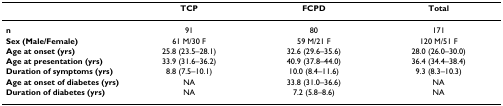
<table><thead><tr><td></td><td><b>TCP</b></td><td><b>FCPD</b></td><td><b>Total</b></td></tr></thead><tbody><tr><td><b>n</b></td><td>91</td><td>80</td><td>171</td></tr><tr><td><b>Sex (Male/Female)</b></td><td>61 M/30 F</td><td>59 M/21 F</td><td>120 M/51 F</td></tr><tr><td><b>Age at onset (yrs)</b></td><td>25.8 (23.5–28.1)</td><td>32.6 (29.6–35.6)</td><td>28.0 (26.0–30.0)</td></tr><tr><td><b>Age at presentation (yrs)</b></td><td>33.9 (31.6–36.2)</td><td>40.9 (37.8–44.0)</td><td>36.4 (34.4–38.4)</td></tr><tr><td><b>Duration of symptoms (yrs)</b></td><td>8.8 (7.5–10.1)</td><td>10.0 (8.4–11.6)</td><td>9.3 (8.3–10.3)</td></tr><tr><td><b>Age at onset of diabetes (yrs)</b></td><td>NA</td><td>33.8 (31.0–36.6)</td><td>NA</td></tr><tr><td><b>Duration of diabetes (yrs)</b></td><td>NA</td><td>7.2 (5.8–8.6)</td><td>NA</td></tr></tbody></table>